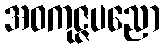
အဝကုဇ္ဇပညော